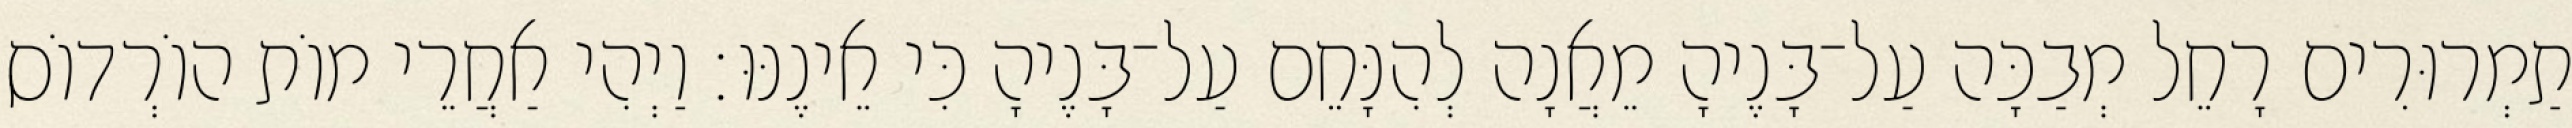
תַמְרוּרִים רָחֵל מְבַכָּה עַל־בָּנֶיהָ מֵאֲנָה לְהִנָּחֵם עַל־בָּנֶיהָ כִּי אֵינֶנּוּ׃ וַיְהִי אַחֲרֵי מוֹת הוֹרְדוֹס